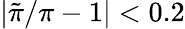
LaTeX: |\tilde{\pi}/\pi-1|<0.2